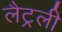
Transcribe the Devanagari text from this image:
लैट्रली